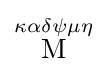
{\stackrel {\kappa \alpha \delta \psi \mu \eta }{\mathrm {M} }}